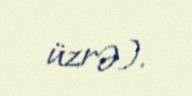
üzrə).